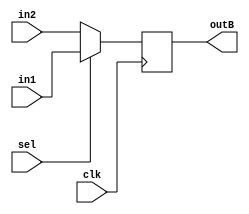
module muxB(
    input clk,
    input [31:0] in1,
    input [31:0] in2,
    input sel,
    output reg [31:0] outB
);

always @(posedge clk) begin
    if (sel == 1'b1) begin
        outB <= in1;
    end
    else begin
        outB <= in2;
    end
end

endmodule